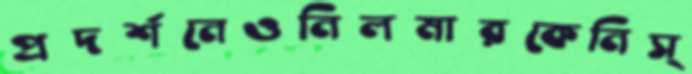
প্রদর্শনেওনিলমারকেনিস্